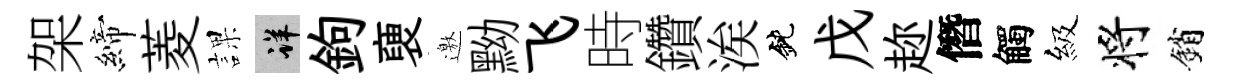
架締菱課详鉤褏邀黝飞時鑽涘鈍戊趂僭觸級将銷